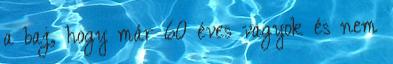
a baj, hogy már 60 éves vagyok és nem